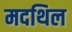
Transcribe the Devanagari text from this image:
मदथिल